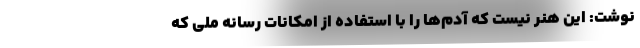
نوشت: این هنر نیست که آدم‌ها را با استفاده از امکانات رسانه ملی که